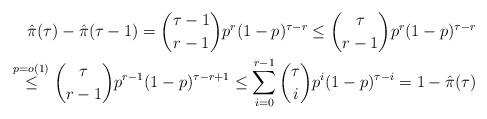
LaTeX: \begin{align*}\hat{\pi}(\tau)-\hat{\pi}(\tau-1)=\binom{\tau-1}{r-1}p^r(1-p)^{\tau-r}\leq \binom{\tau}{r-1}p^r(1-p)^{\tau-r}\\\stackrel{p=o(1)}{\leq} \binom{\tau}{r-1}p^{r-1}(1-p)^{\tau-r+1}\leq \sum_{i=0}^{r-1}\binom{\tau}{i}p^i(1-p)^{\tau-i}=1-\hat{\pi}(\tau)\end{align*}